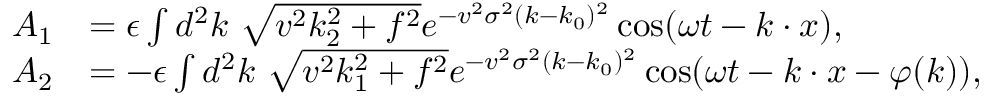
\begin{array} { r l } { A _ { 1 } } & { = \epsilon \int d ^ { 2 } k \ { \sqrt { v ^ { 2 } k _ { 2 } ^ { 2 } + f ^ { 2 } } } e ^ { - v ^ { 2 } \sigma ^ { 2 } ( k - k _ { 0 } ) ^ { 2 } } \cos ( \omega t - k \cdot x ) , } \\ { A _ { 2 } } & { = - \epsilon \int d ^ { 2 } k \ { \sqrt { v ^ { 2 } k _ { 1 } ^ { 2 } + f ^ { 2 } } } e ^ { - v ^ { 2 } \sigma ^ { 2 } ( k - k _ { 0 } ) ^ { 2 } } \cos ( \omega t - k \cdot x - \varphi ( k ) ) , } \end{array}